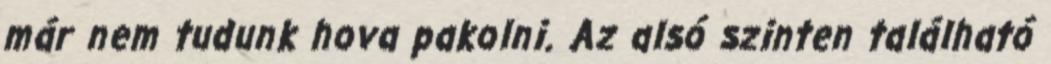
már nem tudunk hova pakolni. Az alsó szinten található